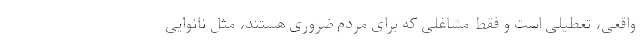
واقعی، تعطیلی است و فقط مشاغلی که برای مردم ضروری هستند، مثل نانوایی